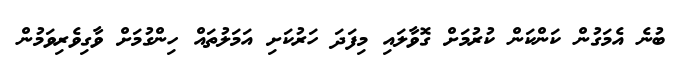
ބުނެ އެމަގުން ކަންކަން ކުރުމަށް ގޮވާލައި މިފަދަ ހަރުކަށި އަމަލުތައް ހިންގުމަށް ވާގިވެރިވަމުން